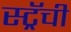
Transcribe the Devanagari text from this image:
स्ट्रॅची